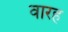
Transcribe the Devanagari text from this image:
वारह